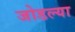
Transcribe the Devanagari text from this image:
जोडल्‍या